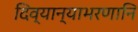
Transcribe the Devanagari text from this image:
दिव्यान्याभरणानि